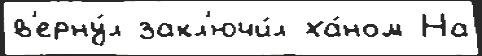
в'ерну́л закл'ючи́л ха́ном На